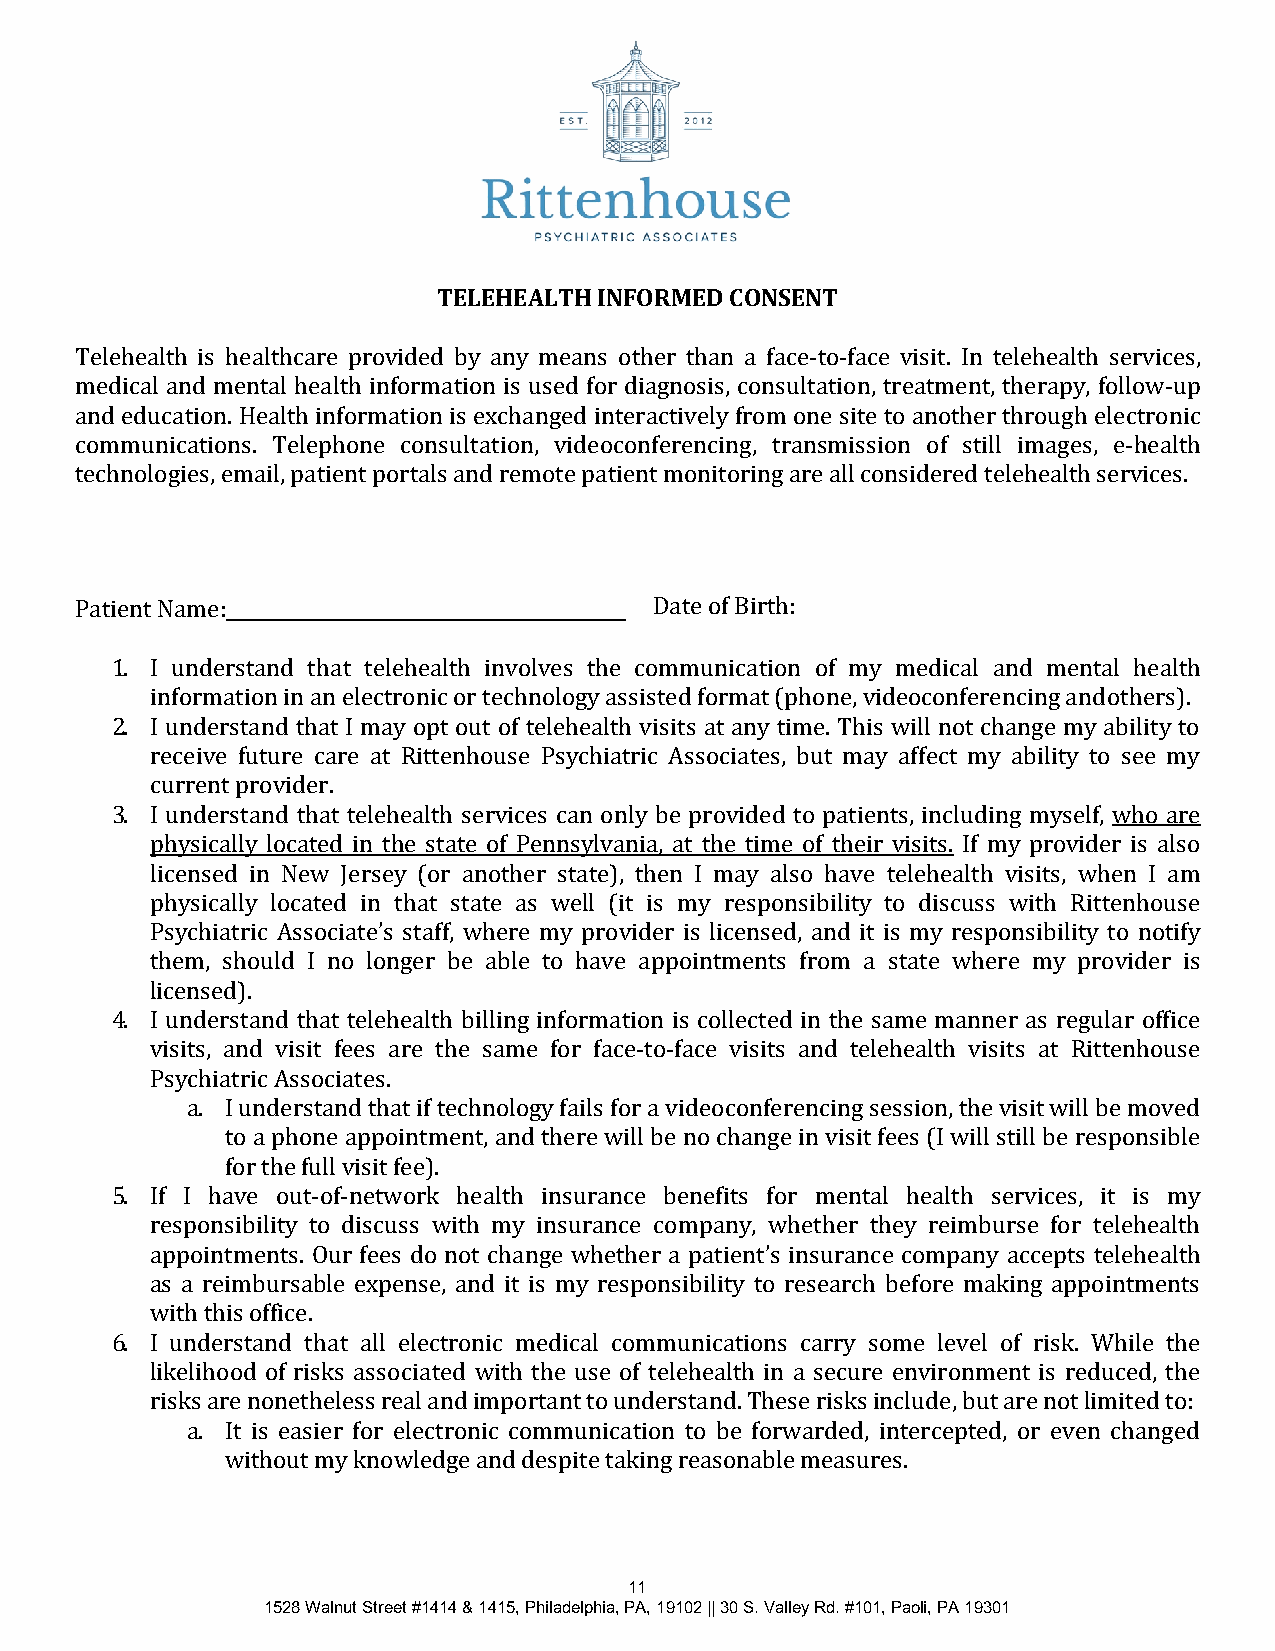
TELEHEALTH INFORMED CONSENT
 Telehealth is healthcare provided by any means other than a face-to-face visit. In telehealth services,
 medical and mental health information is used for diagnosis, consultation, treatment, therapy, follow-up
 and education. Health information is exchanged interactively from one site to another through electronic
 communications. Telephone consultation, videoconferencing, transmission of still images, e-health
 technologies, email, patient portals and remote patient monitoring are all considered telehealth services.
 Patient Name:                         Date of Birth:
 1. I understand that telehealth involves the communication of my medical and mental health
 information in an electronic or technology assisted format (phone, videoconferencing and others).
 2. I understand that I may opt out of telehealth visits at any time. This will not change my ability to
 receive future care at Rittenhouse Psychiatric Associates, but may affect my ability to see my
 current provider.
 3. I understand that telehealth services can only be provided to patients, including myself, who are
 physically located in the state of Pennsylvania, at the time of their visits. If my provider is also
 licensed in New Jersey (or another state), then I may also have telehealth visits, when I am
 physically located in that state as well (it is my responsibility to discuss with Rittenhouse
 Psychiatric Associate’s staff, where my provider is licensed, and it is my responsibility to notify
 them, should I no longer be able to have appointments from a state where my provider is
 licensed).
 4. I understand that telehealth billing information is collected in the same manner as regular office
 visits, and visit fees are the same for face-to-face visits and telehealth visits at Rittenhouse
 Psychiatric Associates.
 a. I understand that if technology fails for a videoconferencing session, the visit will be moved
 to a phone appointment, and there will be no change in visit fees (I will still be responsible
 for the full visit fee).
 5. If I have out-of-network health insurance benefits for mental health services, it is my
 responsibility to discuss with my insurance company, whether they reimburse for telehealth
 appointments. Our fees do not change whether a patient’s insurance company accepts telehealth
 as a reimbursable expense, and it is my responsibility to research before making appointments
 with this office.
 6. I understand that all electronic medical communications carry some level of risk. While the
 likelihood of risks associated with the use of telehealth in a secure environment is reduced, the
 risks are nonetheless real and important to understand. These risks include, but are not limited to:
 a. It is easier for electronic communication to be forwarded, intercepted, or even changed
 without my knowledge and despite taking reasonable measures.
 11
 1528 Walnut Street #1414 & 1415, Philadelphia, PA, 19102 || 30 S. Valley Rd. #101, Paoli, PA 19301